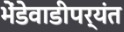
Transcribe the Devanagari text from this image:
भेंडेवाडीपर्यंत